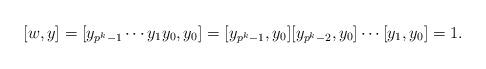
LaTeX: \begin{align*} [w,y] = [y_{p^k-1} \cdots y_1y_0, y_0] = [y_{p^k-1},y_0] [y_{p^k-2},y_0] \cdots [y_1,y_0] =1. \end{align*}